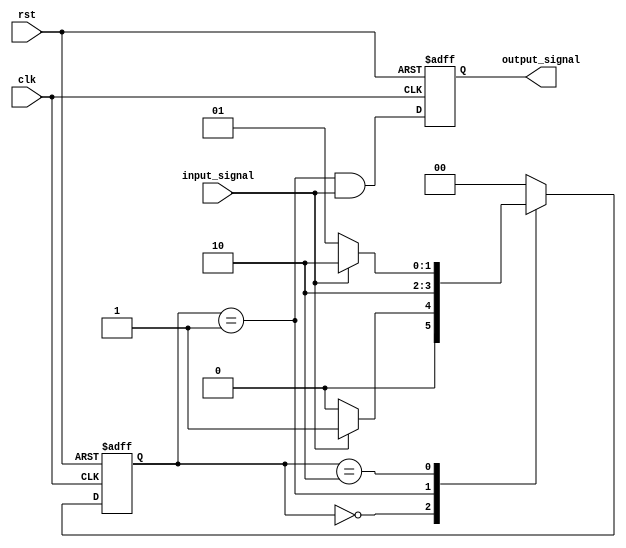
module Mealy_State_Machine (
    input         clk,
    input         rst,
    input         input_signal,
    output reg    output_signal
);

// State encoding
parameter STATE_A = 2'b00;
parameter STATE_B = 2'b01;
parameter STATE_C = 2'b10;

// State register
reg [1:0] state_reg;
reg [1:0] next_state;

// Output generation
always @ (posedge clk or posedge rst) begin
    if (rst) begin
        state_reg <= STATE_A;
        output_signal <= 0;
    end else begin
        state_reg <= next_state;
        output_signal <= (state_reg == STATE_B) & input_signal;
    end
end

// State transitions
always @ (*) begin
    case (state_reg)
        STATE_A: begin
            if (input_signal) begin
                next_state = STATE_B;
            end else begin
                next_state = STATE_A;
            end
        end
        STATE_B: begin
            next_state = STATE_C;
        end
        STATE_C: begin
            if (!input_signal) begin
                next_state = STATE_B;
            end else begin
                next_state = STATE_C;
            end
        end
        default: next_state = 2'b00;
    endcase
end

endmodule